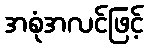
အစုံအလင်ဖြင့်